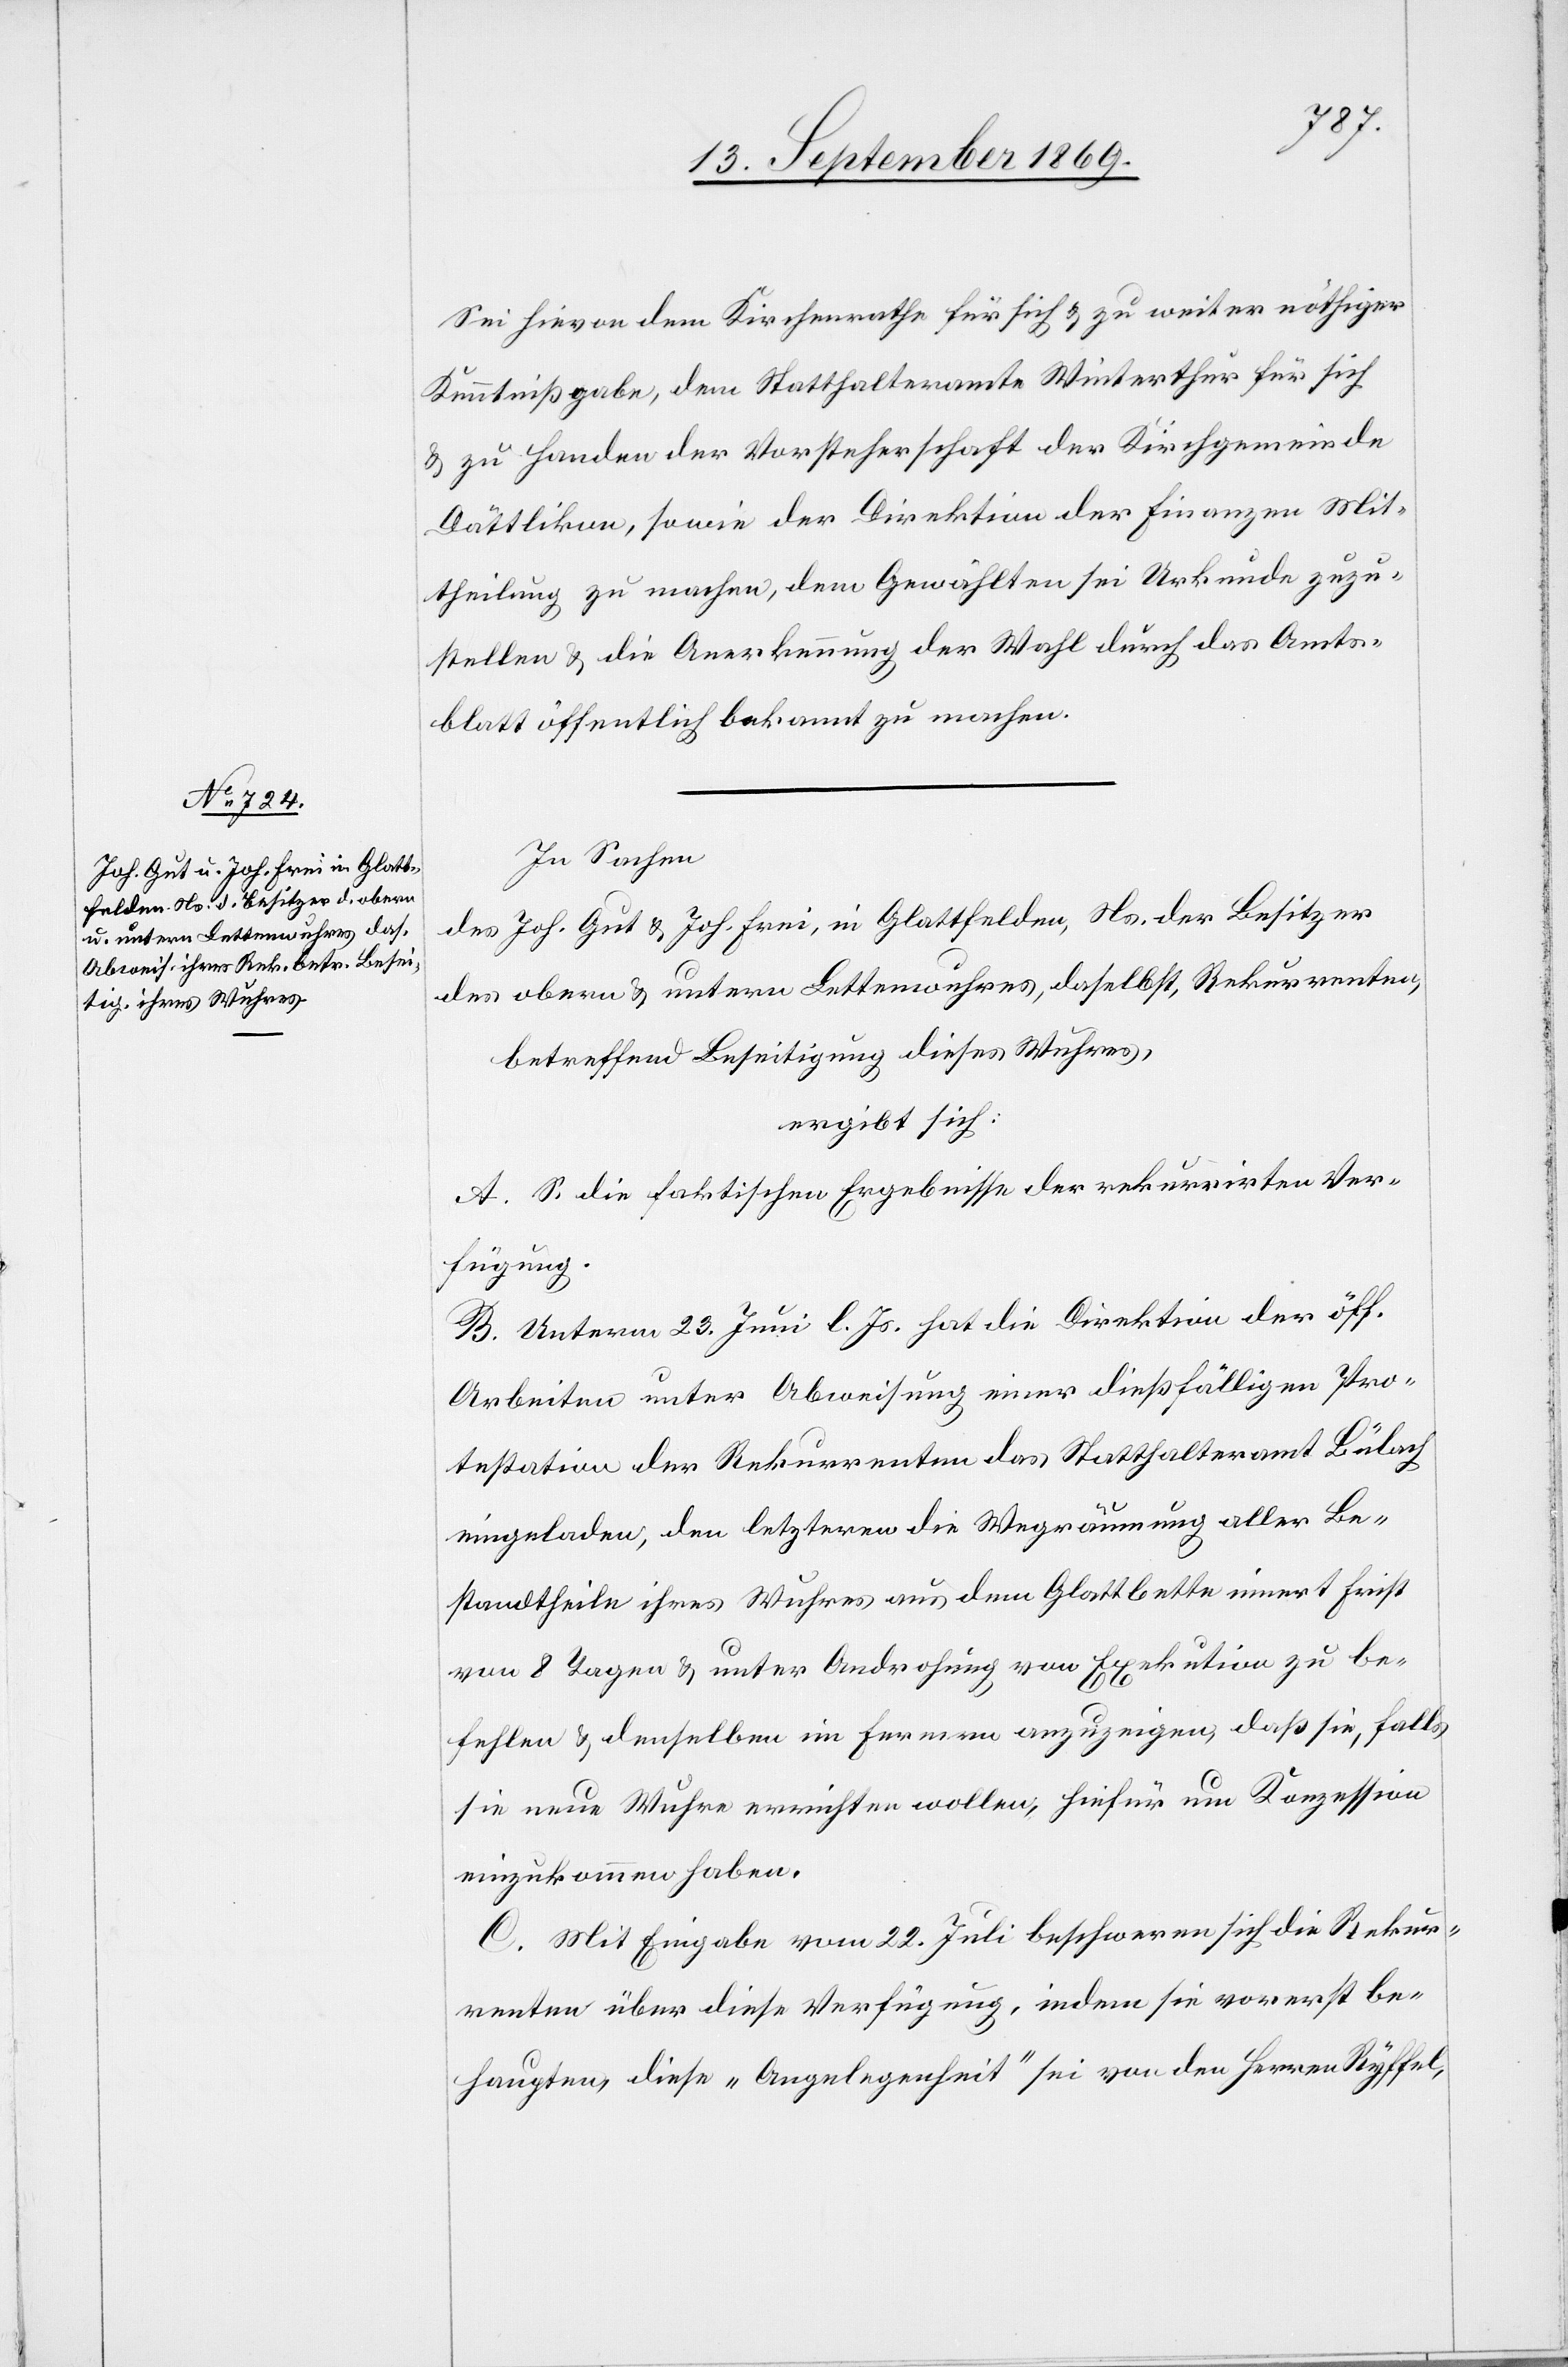
Sei hievon dem Kirchenrathe für sich & zu weiter nöthiger
Kenntnißgabe, dem Statthalteramte Winterthur für sich
& zu Handen der Vorsteherschaft der Kirchgemeinde
Dättlikon, sowie der Direktion der Finanzen Mit¬
theilung zu machen, dem Gewählten sei Urkunde zuzu¬
stellen & die Anerkennung der Wahl durch das Amts¬
blatt öffentlich bekannt zu machen.
In Sachen
des Joh. Gut & Joh. Frei, in Glattfelden, Ns. der Besitzer
des obern & untern Lettenwuhres, daselbst, Rekurrenten,
betreffend Beseitigung dieses Wuhres,
ergibt sich:
A. S. die faktischen Ergebnisse der rekurrirten Ver¬
fügung.
B. Unterm 23. Juni l. Js. hat die Direktion der öff.
Arbeiten unter Abweisung einer dießfälligen Pro¬
testation der Rekurrenten das Statthalteramt Bülach
eingeladen, den letzteren die Wegräumung aller Be¬
standtheile ihres Wuhres aus dem Glattbette innert Frist
von 8 Tagen & unter Androhung von Exekution zu be¬
fehlen & denselben im Fernern anzuzeigen, daß sie, falls
sie neue Wuhre errichten wollen, hiefür um Konzession
einzukommen haben.
C. Mit Eingabe vom 22. Juli beschweren sich die Rekur¬
renten über diese Verfügung, indem sie vorerst be¬
haupten, dieses „Angelegenheit“ sei von den Herren Ryffel,